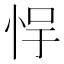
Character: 𫺃